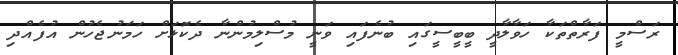
ރަސްމީ ފަރާތްތަކާ ހަވާލާދީ ބީބީސީގައި ބުނެފައި ވަނީ މުސްލިމުންނާ ދެކޮޅަށް ހަމަނުޖެހުން އުފެއްދި